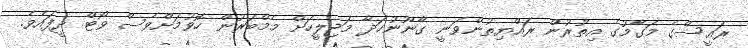
ރައީސްގެ މަގާމުގެ އިތުރުން ރައްޔިތުންވަނީ ގާނޫނުހަދާ މަޖިލީހަށް މެމްބަރުން ހޮވުމަށްވެސް ވޯޓް ދީފައެވެ.